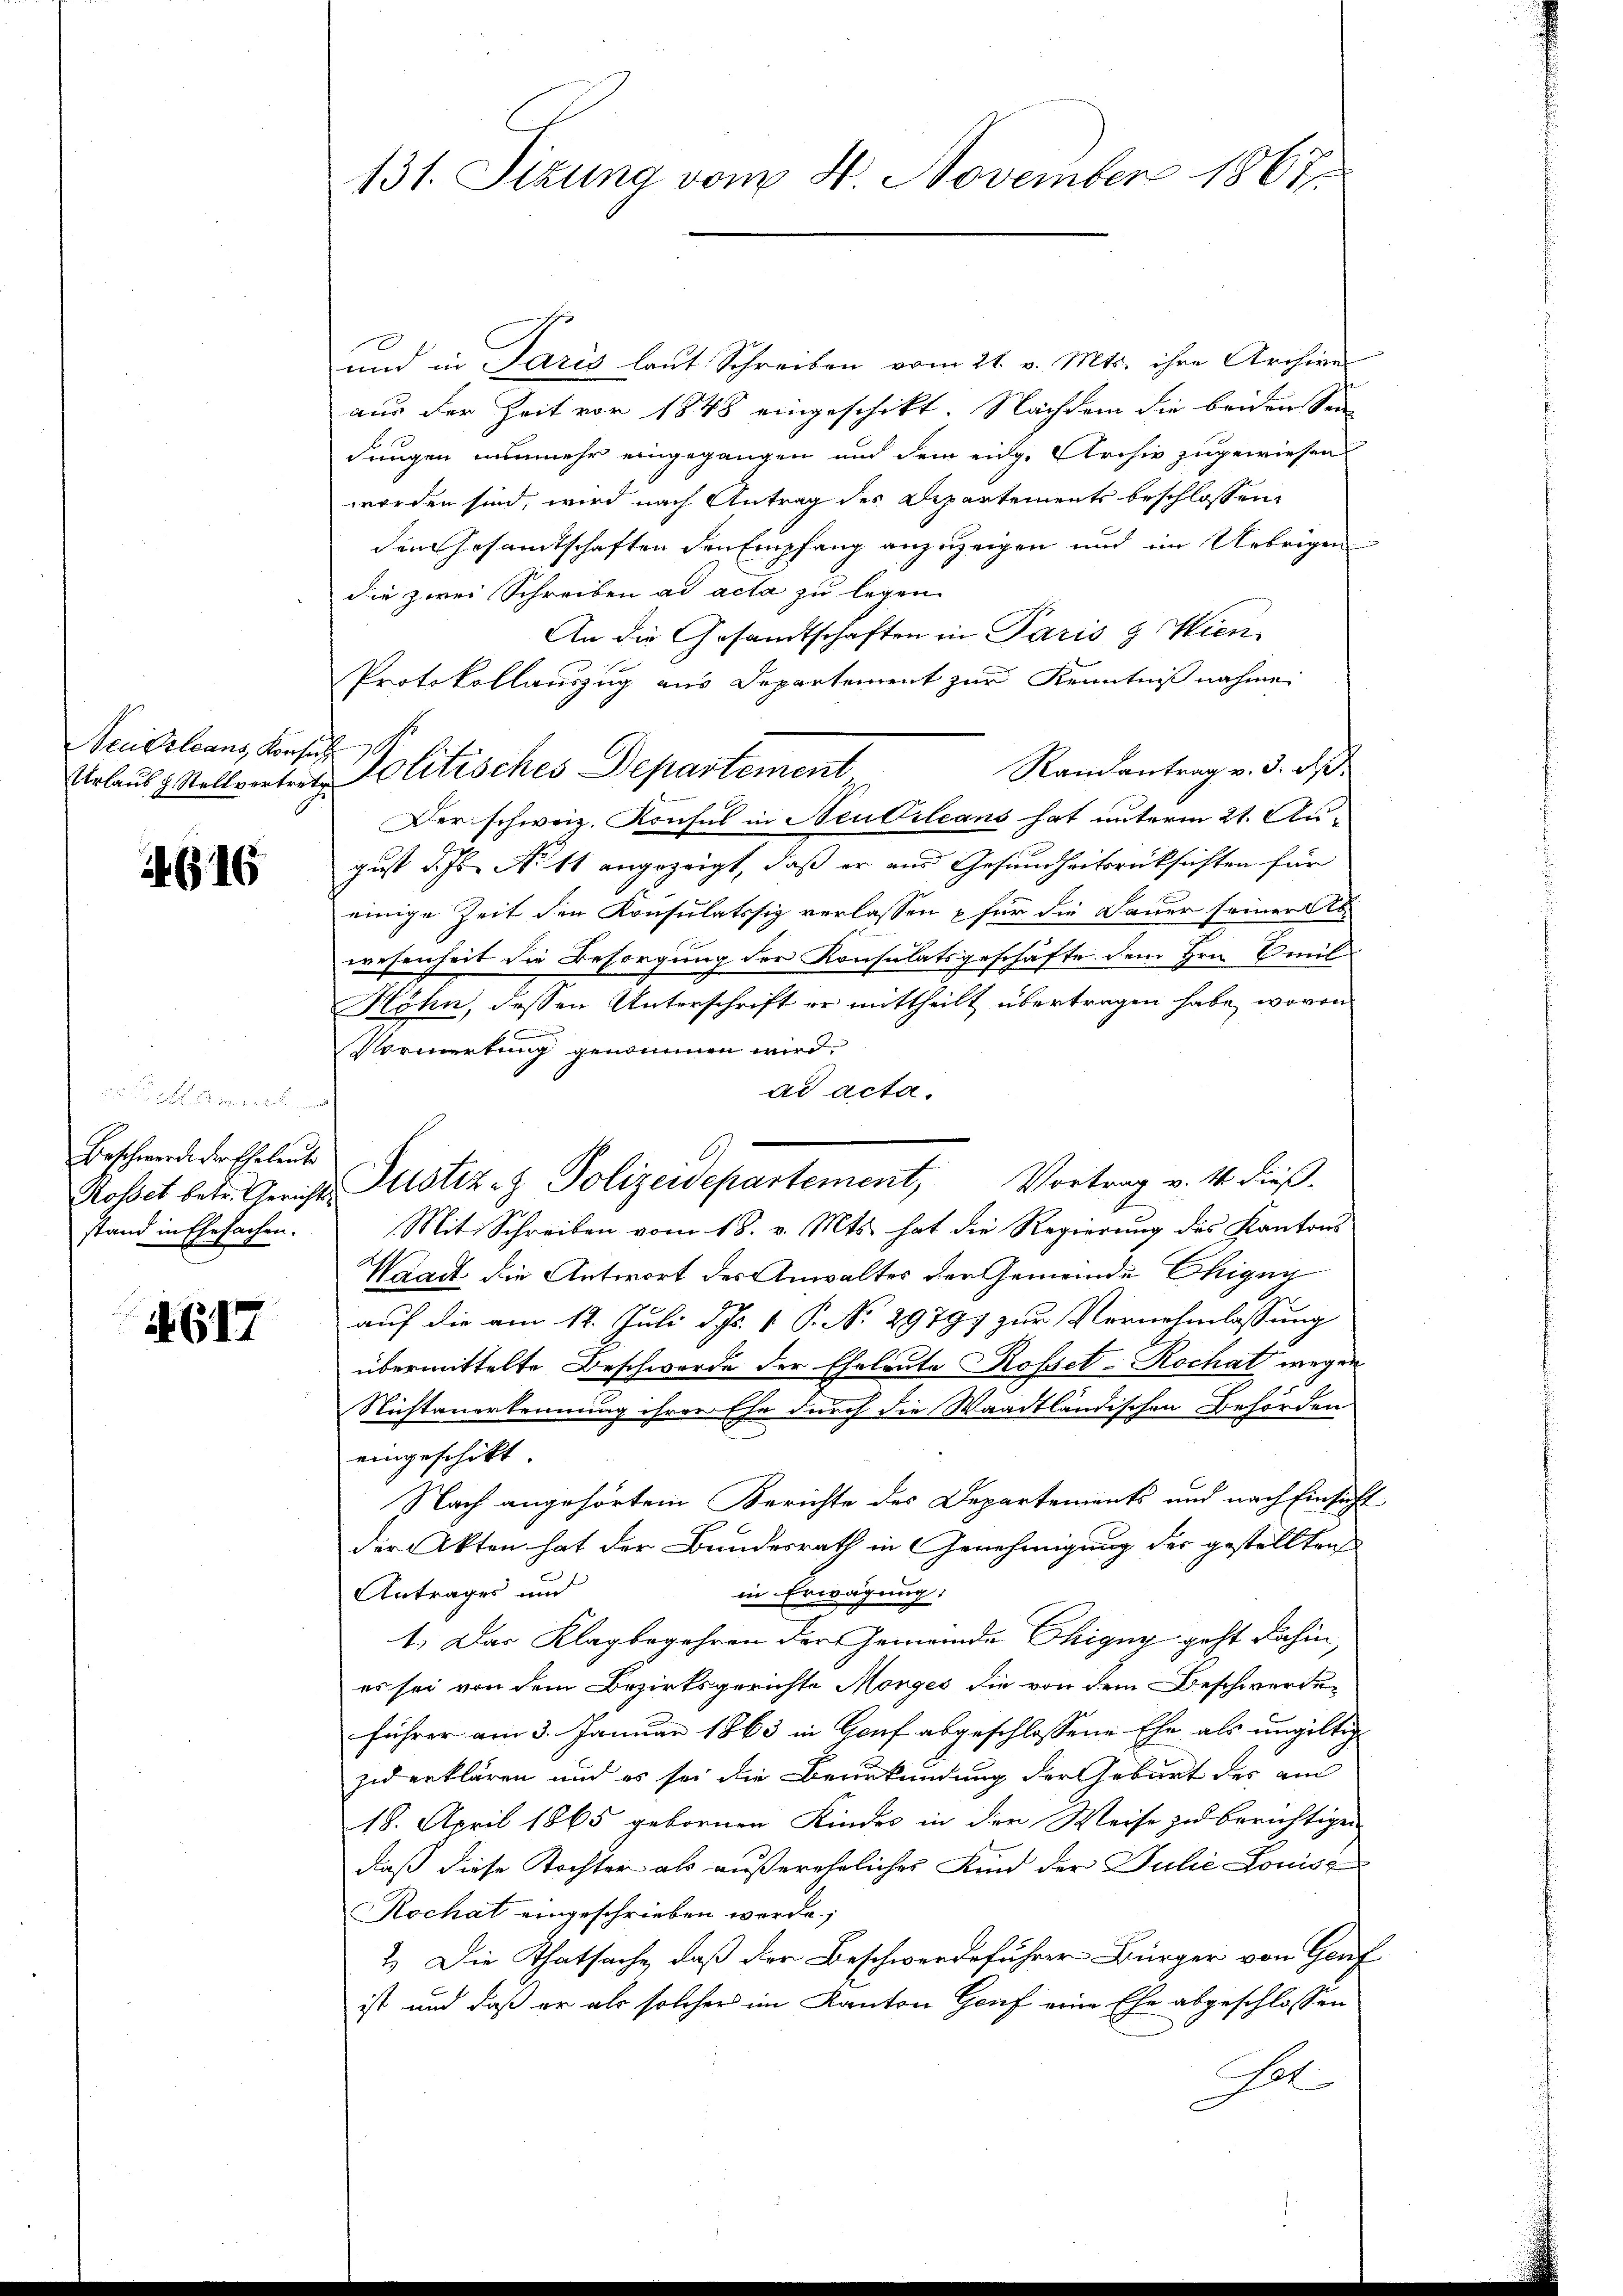
Neudelsans Konsul

1616

Beschwerde der Eheleute
stand in Ehesachen.

617

131. Sizung vom 4. November 1867

und in Paris laut Schreiben vom 21. v. Mts. ihre Archive
aus der Zeit vor 1848 eingeschikt. Nachdem die beiden Sei-
dungen nunmehr eingegangen und dem eidg. Archiv zugewiesen
worden sind, wird nach Antrag des Departements beschlossen,
den Gesamtschaften den Empfang anzuzeigen und im Uebrigen
die zwei Schreiben ad acta zu legen
An die Gesandtschaften in Paris & Wien
Protokollauszug aus Departement zur Kenntnißnahme
Randantrag v. 3. ds.
Urlaub & Stellvertrag. Politisches Departement,
Der schweiz. Konsul in Neubileans hat unterm 21. August d. Js. No 11 angezeigt, daß er und Gesundheitsrücksichten für
einige Zeit den Konsulatssiz verlassen für die Dauer seiner Ab-
wesenheit die Besorgung der Konsulatsgeschäfte dem Hrn. Emil-
Höhn, dessen Unterschrift er mittheilt übertragen habe, wovon
Vormerkung genommen wird.
ad acta.
Mit Schreiben vom 18. v. Mts. hat die Regierung des Kantons
Waadt die Antwort des Anwaltes der Gemeinde Chigny
auf die am 12. Juli d. Js. 1 P. No. 29797 zur Vernehmlassung
übermittelte Beschwerde der Eheleute Rosset-Rochat wegen
Nichtanerkennung ihrer Ehe durch die Waadtländischen Behörden
eingeschikt.
Nach angehörtem Berichte des Departements und nach Einsicht
der Akten hat der Bundesrath in Genehmigung der gestellten
in Erwägung:
Antrages und
1.) Das Klagbegehren der Gemeinde Chigny geht dahin,
es sei von dem Bezirksgerichte Morges die von dem Beschwerdeführer am 3. Januar 1863 in Genf abgeschlossene Ehe als ungültig
zid erklären und es sei die Beurkundung der Geburt der am
18. April 1865 gebornen Kindes in der Weise zu berichtigen
daß diese Tochter als außerehrliches Kind der Julie Louise
Rochat eingeschrieben werde;
2.) Die Thatsache, daß der Beschwerdeführer Bürger von Graf
ist und daß er als solcher im Kanton Genf eine Ehe abgeschlossen
Gel

Rosset betr. Gericht Justiz- & Polizeidepartement, Vortrag v. 4. dieß-